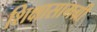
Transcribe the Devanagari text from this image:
शिक्षासामग्री